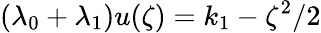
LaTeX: (\lambda_{0}+\lambda_{1})u(\zeta)=k_{1}-\zeta^{2}/2